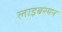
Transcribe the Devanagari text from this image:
लाइबरमन